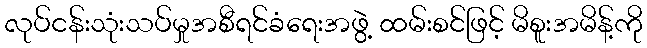
လုပ်ငန်းသုံးသပ်မှုအစီရင်ခံရေးအဖွဲ့ ထမ်းစင်ဖြင့် မိစူးအမိန့်ကို